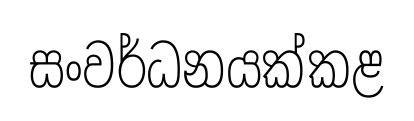
සංවර්ධනයක්කළ